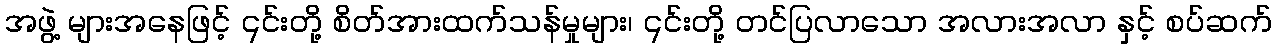
အဖွဲ့ များအနေဖြင့် ၎င်းတို့ စိတ်အားထက်သန်မှုများ၊ ၎င်းတို့ တင်ပြလာသော အလားအလာ နှင့် စပ်ဆက်